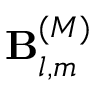
\mathbf { B } _ { l , m } ^ { ( M ) }